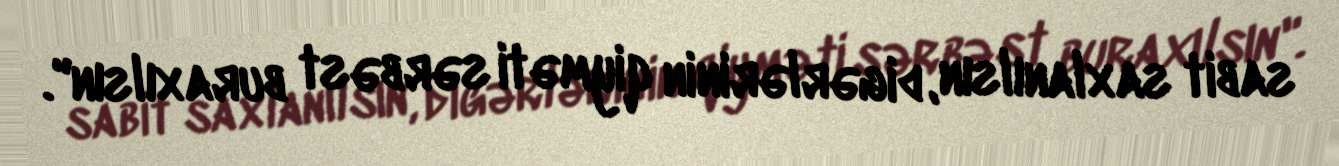
sabit saxlanılsın, digərlərinin qiyməti sərbəst buraxılsın".